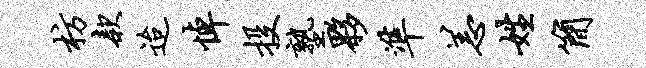
枋款迨悼投塾夥准恙姓简